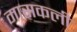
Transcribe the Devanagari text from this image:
मासकली